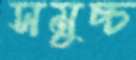
সমুচ্চ